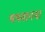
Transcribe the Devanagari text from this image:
भगवानना